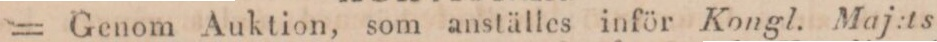
= Genom Auktion, som anställes inför Kongl. Maj:ts